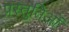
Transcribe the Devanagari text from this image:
प्रस्तुतिओं